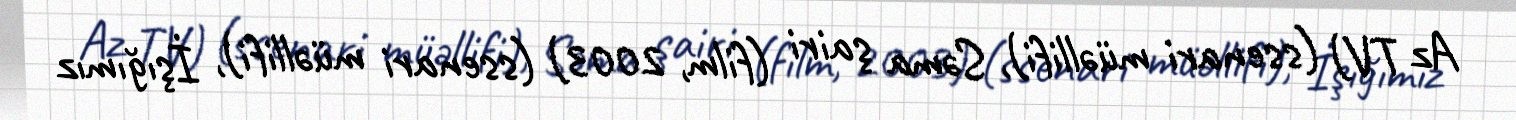
Az TV) (ssenari müəllifi), Səma şairi (film, 2003) (ssenari müəllifi), İşığımız